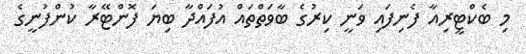
މި ބެކްޓީރިއާ ފެނިފައި ވަނީ ކިރުގެ ބާވަތްތައް އުފައްދާ ބިޔަ ފޮންޓޭރާ ކުންފުނީގެ